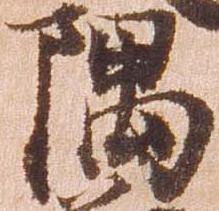
隅